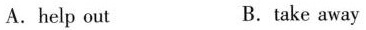
A.help out B.take away